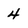
Character: 4